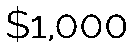
$1,000